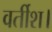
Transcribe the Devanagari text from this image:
वर्तीश।